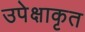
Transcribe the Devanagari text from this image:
उपेक्षाकृत